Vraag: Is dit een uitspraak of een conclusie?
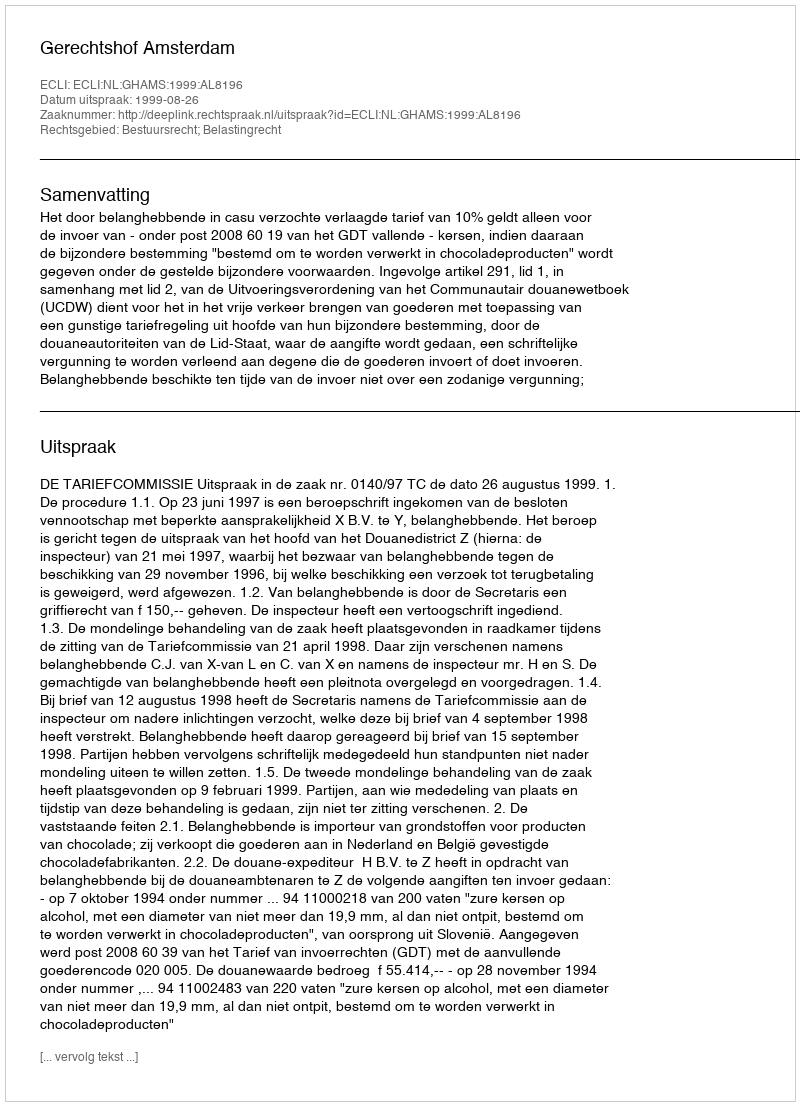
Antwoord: Uitspraak